Annual administration report of the Civil Veterinary Department of India - 1897-1898
Year: 1897
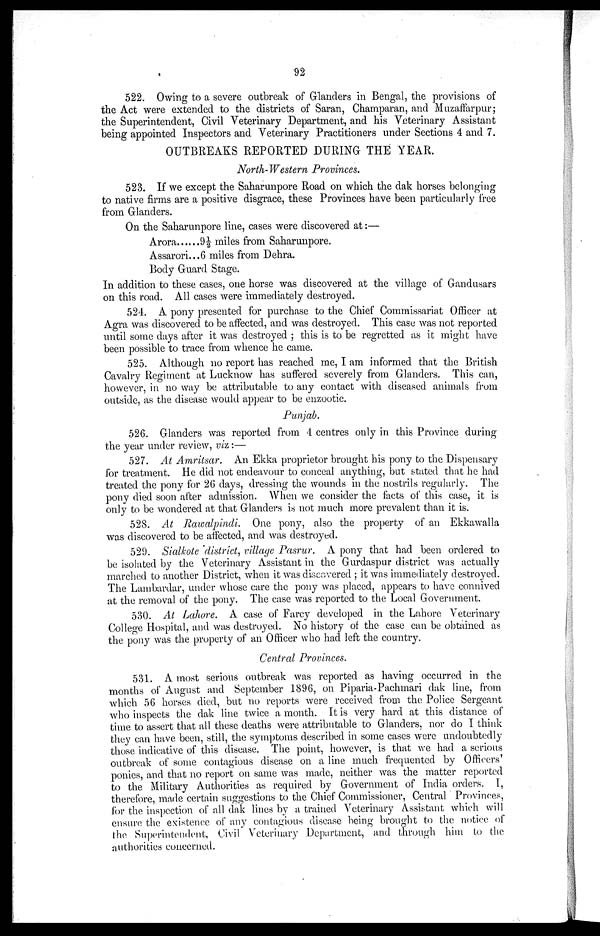
92
522. Owing to a severe outbreak of Glanders in Bengal, the provisions of
the Act were extended to the districts of Saran, Champaran, and Muzaffarpur;
the Superintendent, Civil Veterinary Department, and his Veterinary Assistant
being appointed Inspectors and Veterinary Practitioners under Sections 4 and 7.
OUTBREAKS REPORTED DURING THE YEAR.
North-Western Provinces,
523. If we except the Saharunpore Road on which the dak horses belonging
to native firms are a positive disgrace, these Provinces have been particularly free
from Glanders.
On the Saharunpore line, cases were discovered at:—
Arora 9½ miles from Saharunpore.
Assarori...6 miles from Dehra.
Body Guard Stage.
In addition to these cases, one horse was discovered at the village of Gandusars
on this road. All cases were immediately destroyed.
524. A pony presented for purchase to the Chief Commissariat Officer at
Agra was discovered to be affected, and was destroyed. This case was not reported
until some days after it was destroyed; this is to be regretted as it might have
been possible to trace from whence he came.
525. Although no report has reached me, I am informed that the British
Cavalry Regiment at Lucknow has suffered severely from Glanders. This can,
however, in no way be attributable to any contact with diseased animals from
outside, as the disease would appear to be enzootic.
Punjab.
526. Glanders was reported from 4 centres only in this Province during
the year under review, viz:—
527. At Amritsar. An Ekka proprietor brought his pony to the Dispensary
for treatment. He did not endeavour to conceal anything, but stated that he had
treated the pony for 26 days, dressing the wounds in the nostrils regularly. The
pony died soon after admission. When we consider the facts of this case, it is
only to be wondered at that Glanders is not much more prevalent than it is.
528. At Rawalpindi. One pony, also the property of an Ekkawalla
was discovered to be affected, and was destroyed.
529. Sialkote district, village Pasrur. A pony that had been ordered to
be isolated by the Veterinary Assistant in the Gurdaspur district was actually
marched to another District, when it was discovered; it was immediately destroyed.
The Lambardar, under whose care the pony was placed, appears to have connived
at the removal of the pony. The case was reported to the Local Government.
530. At Lahore. A case of Farcy developed in the Lahore Veterinary
College Hospital, and was destroyed. No history of the case can be obtained as
the pony was the property of an Officer who had left the country.
Central Provinces.
531. A most serious outbreak was reported as having occurred in the
months of August and September 1896, on Piparia-Pachmari dak line, from
which 56 horses died, but no reports were received from the Police Sergeant
who inspects the dak line twice a month. It is very hard at this distance of
time to assert that all these deaths were attributable to Glanders, nor do I think
they can have been, still, the symptoms described in some cases were undoubtedly
those indicative of this disease. The point, however, is that we had a serious
outbreak of some contagious disease on a line much frequented by Officers'
ponies, and that no report on same was made, neither was the matter reported
to the Military Authorities as required by Government of India orders. I,
therefore, made certain suggestions to the Chief Commissioner, Central Provinces,
for the inspection of all dak lines by a trained Veterinary Assistant which will
ensure the existence of any contagious disease being brought to the notice of
the Superintendent, Civil Veterinary Department, and through him to the
authorities concerned.